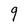
Character: g